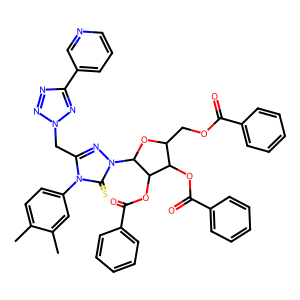
SMILES: Cc1ccc(-n2c(Cn3nnc(-c4cccnc4)n3)nn(C3OC(COC(=O)c4ccccc4)C(OC(=O)c4ccccc4)C3OC(=O)c3ccccc3)c2=S)cc1C
Inhibits HIV replication: No